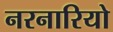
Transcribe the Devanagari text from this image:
नरनारियो